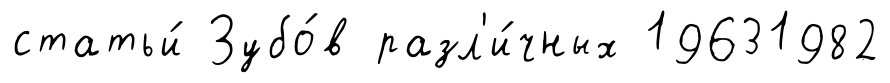
статьи́ Зубо́в разл'и́чных 19631982